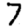
Digit: 7